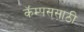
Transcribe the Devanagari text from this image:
कॅम्पससाठी